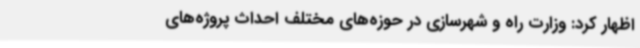
اظهار کرد: وزارت راه و شهرسازی در حوزه‌های مختلف احداث پروژه‌های